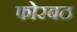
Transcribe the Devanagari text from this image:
फोरबठ